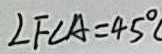
\angle F C A = 4 5 ^ { \circ }